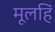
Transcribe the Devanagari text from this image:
मूलहिं